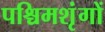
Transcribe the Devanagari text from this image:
पश्चिमशृंगों